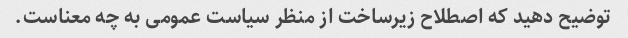
توضیح دهید که اصطلاح زیرساخت از منظر سیاست عمومی به چه معناست.